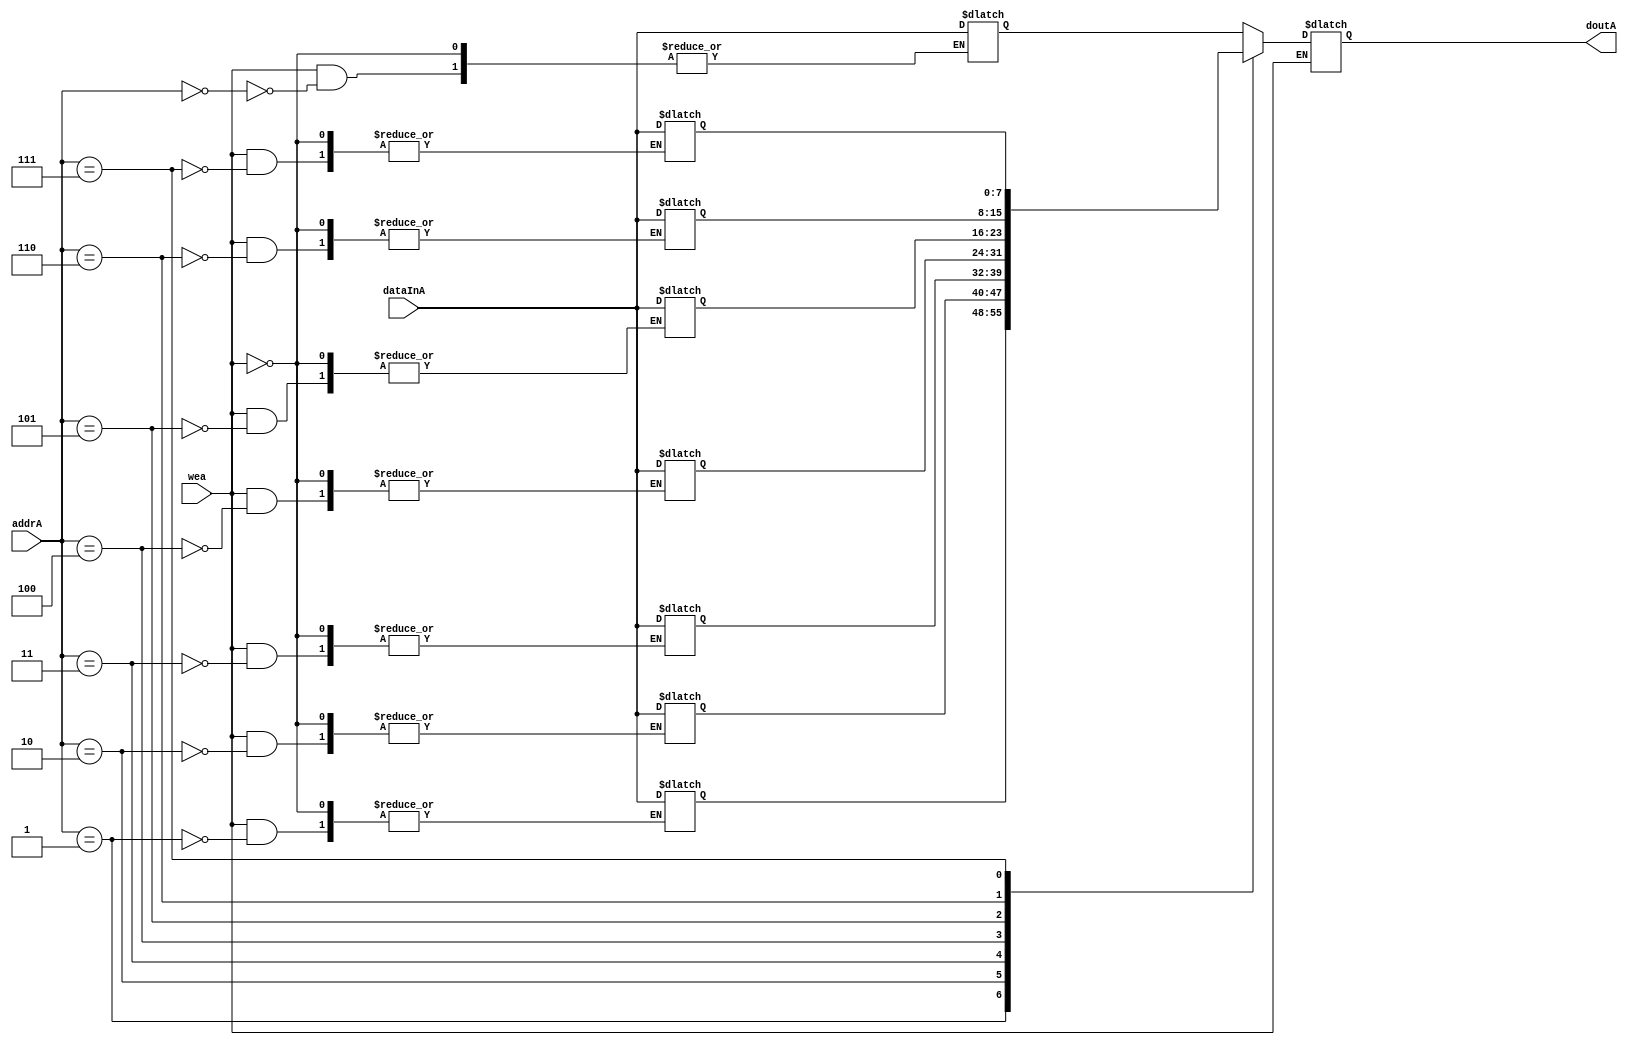
module MemoryA(doutA, dataInA, addrA, wea);

input [7:0]dataInA;
input [2:0]addrA;
input wea;

//reg [7:0] dataInA;

output [7:0]doutA;
reg [7:0]doutA;
// 8 by 8 Memory
reg [7:0]SRAM[7:0];

// We have only Write Functionailty, according to program, so its either 1 or 0.


always @(*)
begin
	// When Write is enabled, the data has to be updated in SRAM
	if(wea)
	 begin
	 //dataInA = dataInA + 1'b01;
	 SRAM[addrA] <= dataInA;
	 
	 end
	else
   	 doutA <= SRAM[addrA];
end
endmodule